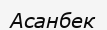
Асанбек